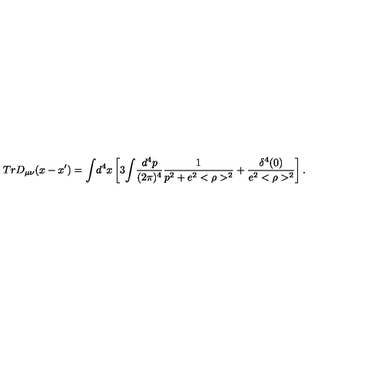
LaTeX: T r D _ { \mu \nu } ( x - x ^ { \prime } ) = { \int } d ^ { 4 } x \left[ 3 { \int } \frac { d ^ { 4 } p } { ( 2 \pi ) ^ { 4 } } \frac { 1 } { p ^ { 2 } + e ^ { 2 } < \rho > ^ { 2 } } + \frac { \delta ^ { 4 } ( 0 ) } { e ^ { 2 } < \rho > ^ { 2 } } \right] .